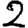
Digit: 2